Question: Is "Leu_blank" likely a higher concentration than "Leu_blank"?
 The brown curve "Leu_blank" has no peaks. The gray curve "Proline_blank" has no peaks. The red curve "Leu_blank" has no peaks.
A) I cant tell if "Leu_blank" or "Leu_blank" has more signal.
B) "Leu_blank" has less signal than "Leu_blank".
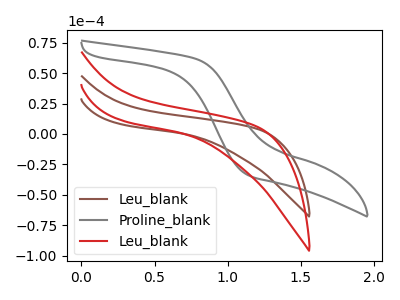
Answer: <think>Neither "Leu_blank" or "Leu_blank" have any peaks.
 </think>
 <answer>A) I cant tell if "Leu_blank" or "Leu_blank" has more signal.</answer>
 <eval>A</eval>